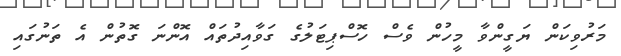
މަރުވިކަން ޔަގީންވާ މީހުން ވެސް ހޮސްޕިޓަލުގެ ގަވާއިދުތައް އޮންނަ ގޮތުން އެ ތަނުގައި